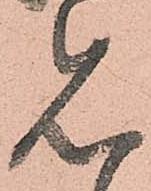
見